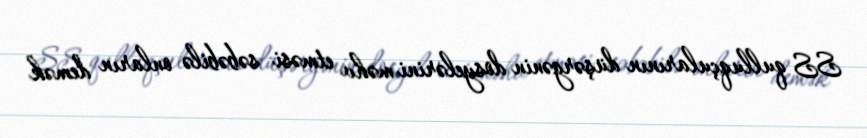
SS qulluqçularının düşərgənin dosyelərini məhv etməsi səbəbilə onların demək